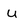
Character: u